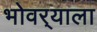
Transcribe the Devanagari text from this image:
भोवर्‍याला